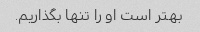
بهتر است او را تنها بگذاریم.